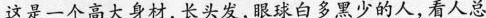
这是一个高大身材,长头发,眼球白多黑少的人,看人总